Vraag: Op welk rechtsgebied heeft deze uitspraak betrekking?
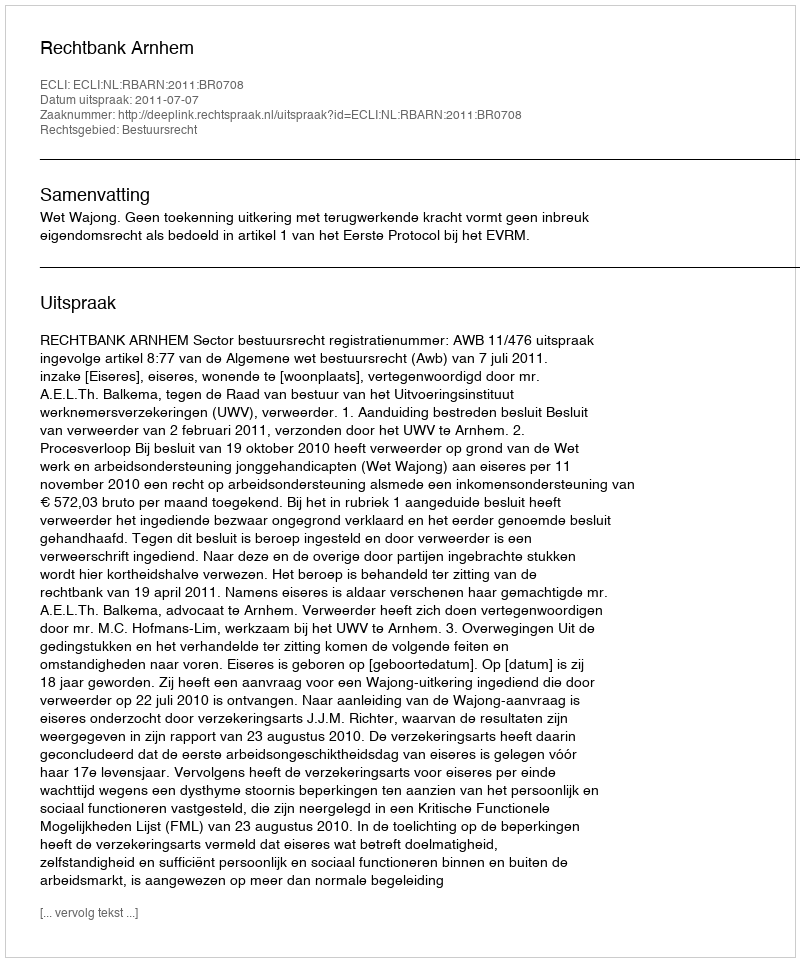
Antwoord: Bestuursrecht